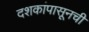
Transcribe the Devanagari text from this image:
दशकांपासूनची